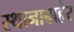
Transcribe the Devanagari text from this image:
स्थानाबाहेर